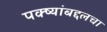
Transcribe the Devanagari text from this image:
पक्ष्यांबद्दलचा